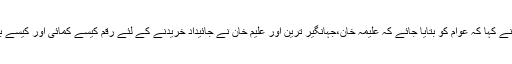
احسن ا قبال نے کہا کہ عوام کو بتایا جائے کہ علیمہ خان،جہانگیر ترین اور علیم خان نے جائیداد خریدنے کے لئے رقم کیسے کمائی اور کیسے باہر بھیجی ؟